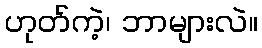
ဟုတ်ကဲ့၊ ဘာများလဲ။